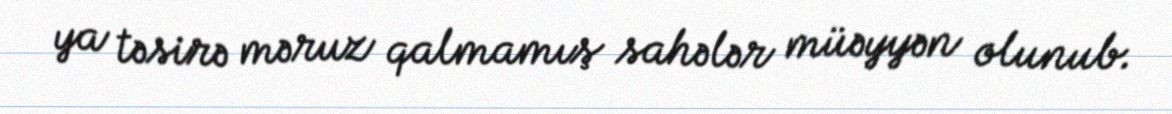
ya təsirə məruz qalmamış sahələr müəyyən olunub.